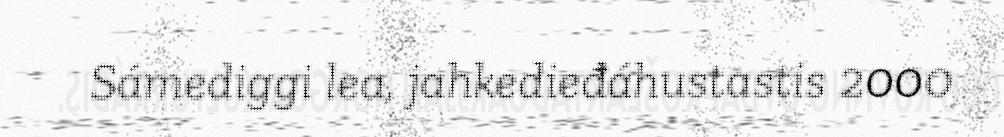
Sámediggi lea, jahkedieđáhustastis 2000